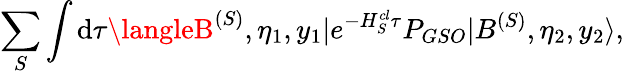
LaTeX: \sum_{S}\int\mathrm{d}\tau\langleB^{(S)},\eta_{1},y_{1}|e^{-H_{S}^{cl}\tau}P_{GSO}|B^{(S)},\eta_{2},y_{2}\rangle,